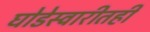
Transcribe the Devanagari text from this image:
घोडेस्वारीतही